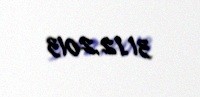
31.12.2013